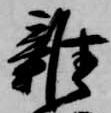
雑